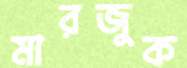
মারজুক